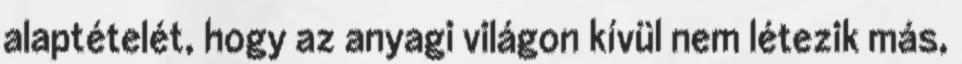
alaptételét, hogy az anyagi világon kívül nem létezik más,